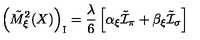
\left( \tilde { M } _ { \xi } ^ { 2 } ( X ) \right) _ { \mathrm { \scriptsize { I } } } = \frac { \lambda } { 6 } \left[ \alpha _ { \xi } \tilde { \cal I } _ { \pi } + \beta _ { \xi } \tilde { \cal I } _ { \sigma } \right]